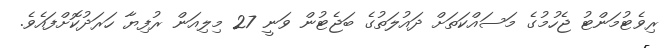
ރިވެޓުމަންޓު ޖެހުމުގެ މަސައްކަތަށް ދައުލަތުގެ ބަޖެޓުން ވަނީ 27 މިލިއަން ރުފިޔާ ހަރަދުކޮށްފައެވެ.